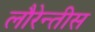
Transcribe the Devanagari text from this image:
लौरेन्तीस